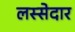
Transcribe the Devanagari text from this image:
लस्सेदार